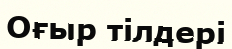
Оғыр тілдері